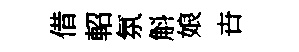
借軺氛斛娘卋